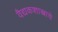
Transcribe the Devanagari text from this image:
वैद्यकशास्त्राचे